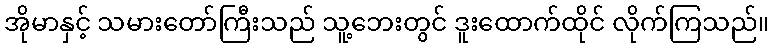
အိုမာနှင့် သမားတော်ကြီးသည် သူ့ဘေးတွင် ဒူးထောက်ထိုင် လိုက်ကြသည်။